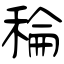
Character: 稐